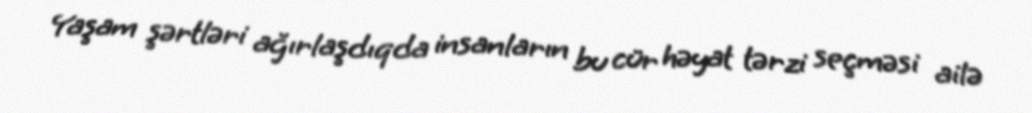
Yaşam şərtləri ağırlaşdıqda insanların bu cür həyat tərzi seçməsi ailə